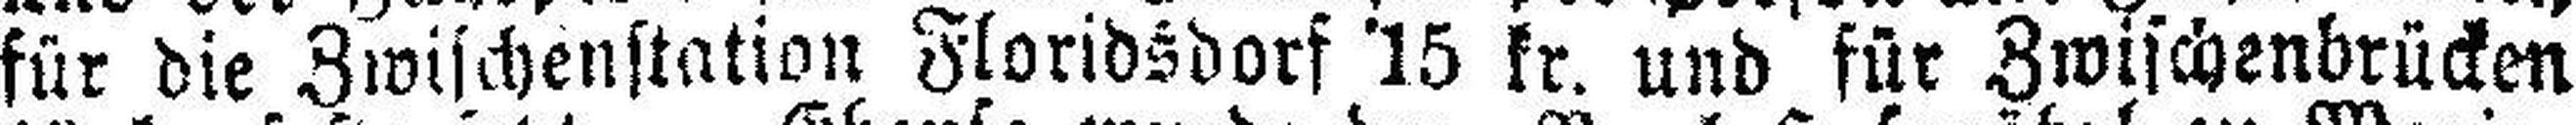
für die Zwischenstation Floridsdorf '15 kr. und für Zwischenbrücken